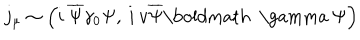
j _ { \mu } \sim \left( i \: \overline { { { \Psi } } } \gamma _ { 0 } \Psi , \: i \: v \overline { { { \Psi } } } \mathrm { \boldmath ~ \ g a m m a ~ } \Psi \right)